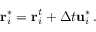
\mathbf { r } _ { i } ^ { * } = \mathbf { r } _ { i } ^ { t } + \Delta t \mathbf { u } _ { i } ^ { * } \, .